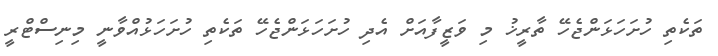
ތަކެތި ހުށަހަޅަންޖެހޭ ތާރީޚު މި ވަޒީފާއަށް އެދި ހުށަހަޅަންޖެހޭ ތަކެތި ހުށަހަޅުއްވާނީ މިނިސްޓްރީ